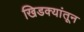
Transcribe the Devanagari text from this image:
खिडक्यांतून